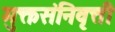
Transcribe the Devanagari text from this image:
मुक्तसंनिवृत्ती